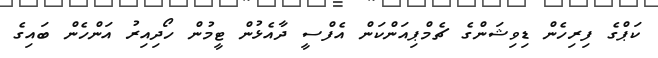
ކަޕްގެ ފިރިހެން ޑިވިޝަންގެ ޗެމްޕިއަންކަން އެފްސީ ދާއެޅުން ޓީމުން ހޯދިއިރު އަންހެން ބައިގެ